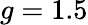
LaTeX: g=1.5